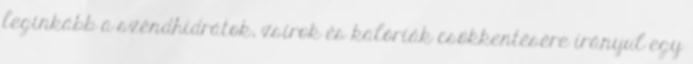
leginkább a széndhidrátok, zsírok és kalóriák csökkentésére irányul egy